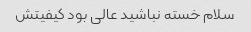
سلام خسته نباشید عالی بود کیفیتش